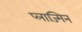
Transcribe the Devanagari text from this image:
प्लाज्मिन